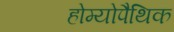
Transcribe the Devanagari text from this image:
होम्‍योपैथिक